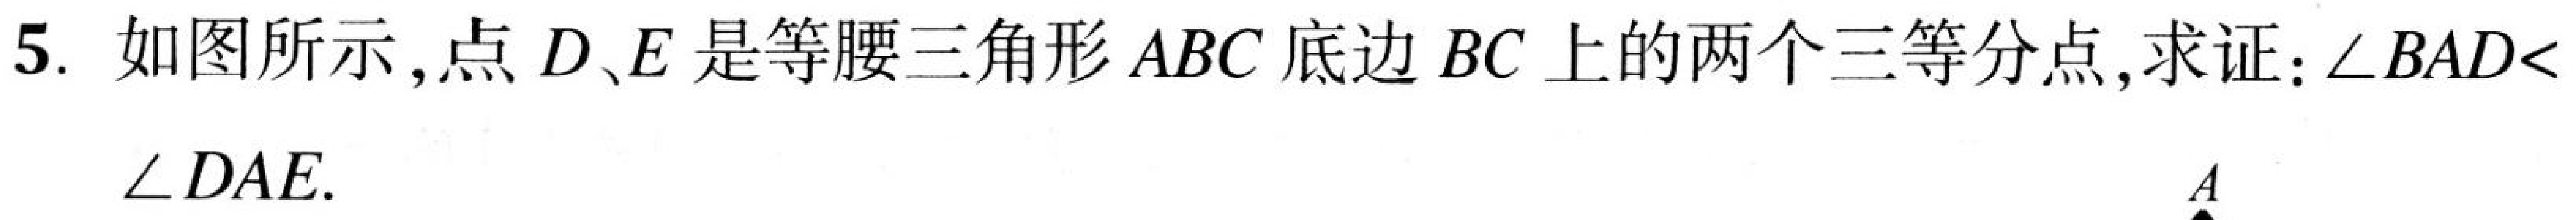
5. 如图所示，点\(D、E\)是等腰三角形\(ABC\)底边\(BC\)上的两个三等分点，求证：\(\angle BAD<\angle DAE\).